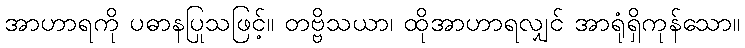
အာဟာရကို ပဓာနပြုသဖြင့်။ တဗ္ဗိသယာ၊ ထိုအာဟာရလျှင် အာရုံရှိကုန်သော။